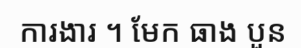
ការងារ ។ មែក ធាង បួន